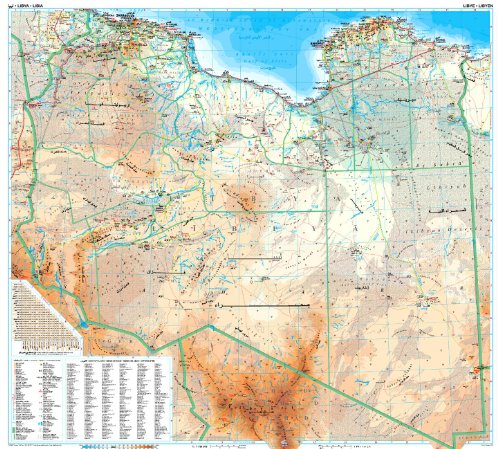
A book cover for Libya Geographic Wall Map, Laminated; Gizella Bassa; Travel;